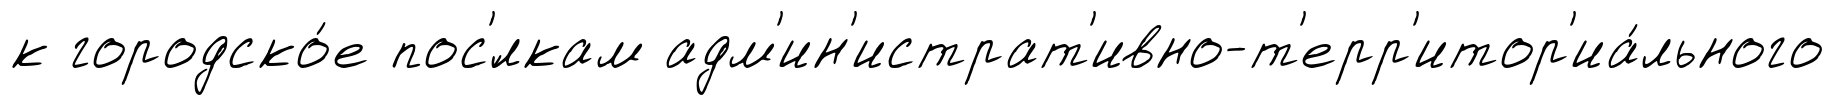
к городско́е пос'́лкам адм'ин'истрат'ивно-т'ерр'итор'иа́льного